Report on sanitation, dispensaries, and jails in Rajputana for 1912, and on vaccination for the year 1912-1913 - 1912-1913
Year: 1912
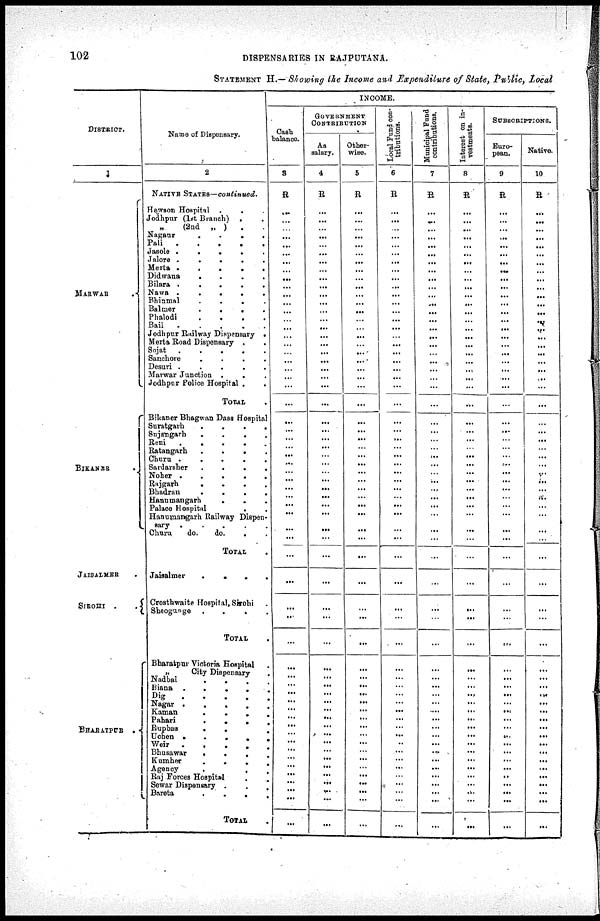
102
DISPENSARIES IN RAJPUTANA.
STATEMENT H.— Showing the Income and Expenditure of State, Public, Local
DISTRICT.
1
MARWAR
BIKANER .
JAISALMER .
SIROHI .
.
BHARATPUR .
Name of Dispensary.
2
NATIVE STATES—continued.
Hewson Hospital .
. .
Jodhpur (1st Branch) . .
„
(2nd „ ) . .
Nagaur
.
. . .
Pali
.
.
.
.
.
Jasole .
.
.
.
.
Jalore
.
.
. . .
Merta
.
.
.
. .
Didwana
.
.
.
.
Bilara .
.
.
.
.
Nawa .
.
.
.
.
Bhinmal
. . . .
Balmer
.
.
.
.
Phalodi
.
.
.
.
Bail
.
.
.
.
.
Jodhpur Railway Dispensary .
Merta Road Dispensary .
.
Sojat
.
.
.
.
.
Sanchore
.
.
.
.
Desuri .
.
.
.
.
Marwar Junction .
. .
Jodhpur Police Hospital . .
TOTAL .
Bikaner Bhagwan Dass Hospital
Suratgarh
.
.
.
.
Sujangarh
.
.
.
.
Reni
.
.
.
. .
Ratangarh
.
.
.
.
Churu .
.
.
.
.
Sardarsher
.
.
.
.
Noher .
.
.
.
.
Rajgarh
.
.
.
.
Bhadran . . . .
Hanumangarh
.
. .
Palace Hospital . .
Hanumangarh Railway Dispen-
sary .
.
.
.
.
Churu
do.
do.
. .
TOTAL .
Jaisalmer
.
.
.
.
Crosthwaite Hospital, Sirohi .
Sheogunge
.
.
.
.
TOTAL .
Bharatpur Victoria Hospital .
„
City Dispensary .
Nadbai . . . .
Biana .
.
.
. .
Dig
.
.
.
.
Nagar .
.
.
.
Kaman
.
.
. .
Pahari
.
.
. .
Rupbas
. . .
Uchen .
.
.
. .
Weir
.
.
.
. .
Bhusawar
.
.
. .
Kumher
.
.
. .
Agency . . . .
Raj Forces Hospital . .
Sewar Dispensary . . .
Bareta
.
.
. .
TOTAL
.
INCOME.
Cash
balance.
3
R
...
...
...
...
...
...
...
...
...
...
...
...
...
...
...
...
...
...
...
...
...
...
...
...
...
...
...
...
...
...
...
...
...
...
...
...
...
...
...
...
...
...
...
... ...
...
...
...
...
...
...
... ...
...
...
...
...
...
...
...
GOVERNMENT
CONTRIBUTION
As
salary.
4
R
...
...
...
...
...
...
...
...
...
...
...
...
...
...
...
...
...
...
...
...
...
...
...
...
...
...
...
...
...
...
...
...
...
...
...
...
...
...
...
...
...
...
...
...
...
...
...
... ...
...
...
...
...
...
...
...
...
...
...
...
Other-
wise.
5
R
...
...
...
...
...
...
...
...
...
...
...
...
...
...
...
...
...
...
...
...
...
...
...
...
...
...
...
...
...
...
...
...
...
...
...
...
...
...
...
...
...
...
...
...
...
...
...
... ...
...
...
... ...
...
...
...
...
...
...
...
Local Fund con-
tributions.
6
R
...
...
...
...
...
...
...
...
...
...
...
...
...
...
...
...
...
...
...
...
...
...
...
...
...
...
...
...
...
...
...
...
...
...
...
...
...
...
...
...
...
...
...
... ...
...
...
... ...
...
...
...
...
...
...
...
...
...
...
...
Municipal Fund
contributions.
7
R
...
...
...
...
...
...
...
...
...
...
...
...
...
...
...
...
...
...
...
...
...
...
...
...
...
...
...
...
...
...
...
...
... ...
...
...
...
...
...
...
...
...
...
...
...
...
...
...
...
...
...
...
...
...
...
...
...
...
...
...
Interest on in-
vestments.
8
R
...
...
...
...
...
...
... ...
...
...
...
...
...
...
...
...
...
...
...
...
...
...
...
...
...
...
...
...
...
...
...
...
...
...
...
...
...
...
...
...
...
...
...
...
...
...
...
... ...
...
...
...
...
...
...
... ...
...
...
...
SUBSCRIPTIONS.
Euro-
pean.
9
R
...
...
...
...
...
...
...
...
...
...
...
...
...
...
...
...
...
...
...
...
...
...
...
...
...
...
...
...
...
...
...
...
...
...
...
...
...
...
...
...
...
...
...
...
...
...
...
...
...
...
...
... ...
...
...
...
..
...
...
...
Native.
10
R
...
...
...
...
...
...
...
...
...
...
...
...
...
...
...
...
...
...
...
...
...
...
...
...
...
...
...
...
...
...
...
...
...
...
...
...
...
...
...
...
...
...
...
... ...
...
...
... ...
...
...
... ...
...
...
...
...
...
...
...